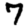
Digit: 7